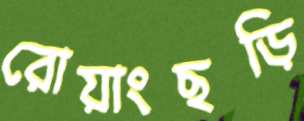
রোয়াংছড়ি